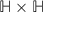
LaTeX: \mathbb { H } \times \mathbb { H }